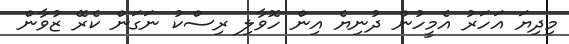
މިދިޔަ އަހަރު އެމީހުން ދުނިޔެ އިން ހޮވާލި ރިސްކު ނަގަން ކެރޭ ޒުވާން